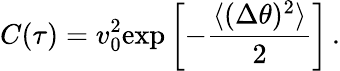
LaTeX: C(\tau)=v_{0}^{2}\mathrm{exp}\left[-{\frac{\langle(\Delta\theta)^{2}\rangle}{2}}\right]\, .